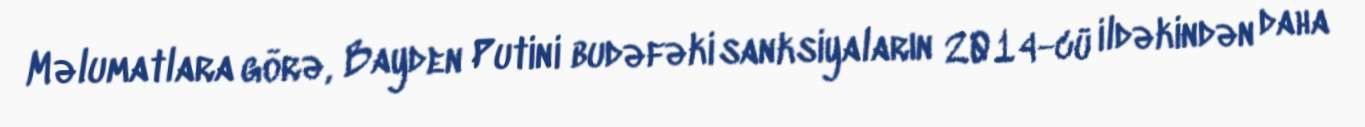
Məlumatlara görə, Bayden Putini budəfəki sanksiyaların 2014-cü ildəkindən daha